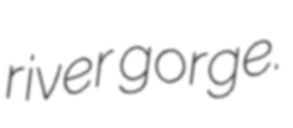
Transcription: river gorge.